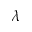
\lambda